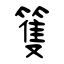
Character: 篗